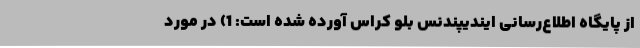
از پایگاه اطلاع‌رسانی ایندیپندنس بلو کراس آورده شده است: 1) در مورد